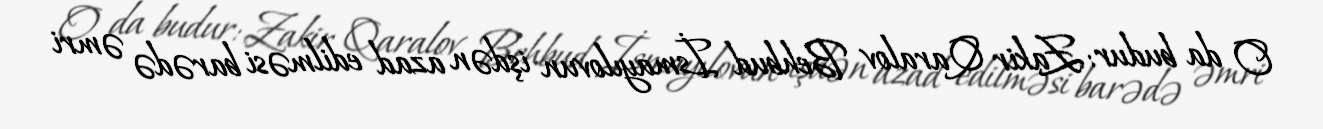
O da budur: Zakir Qaralov Behbud İsmayılovun işdən azad edilməsi barədə əmri